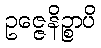
ဥဇ္ဇေနိဉ္စာပိ